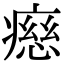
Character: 𤹏